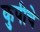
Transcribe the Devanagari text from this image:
कुपीचे